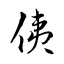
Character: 侇